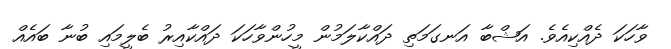
ވާހަކަ ދެއްކިއެވެ. އަޝްބާ އަނގަމަތި ދައްކާލަމުން މީހުންވާހަކަ ދައްކާއިރު ބެލީމައި ބުނާ ބައެއް